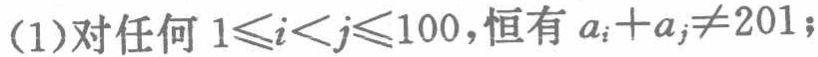
(1)对任何 \(1\leqslant i<j\leqslant100\)，恒有 \(a_{i}+a_{j}\neq201\)；